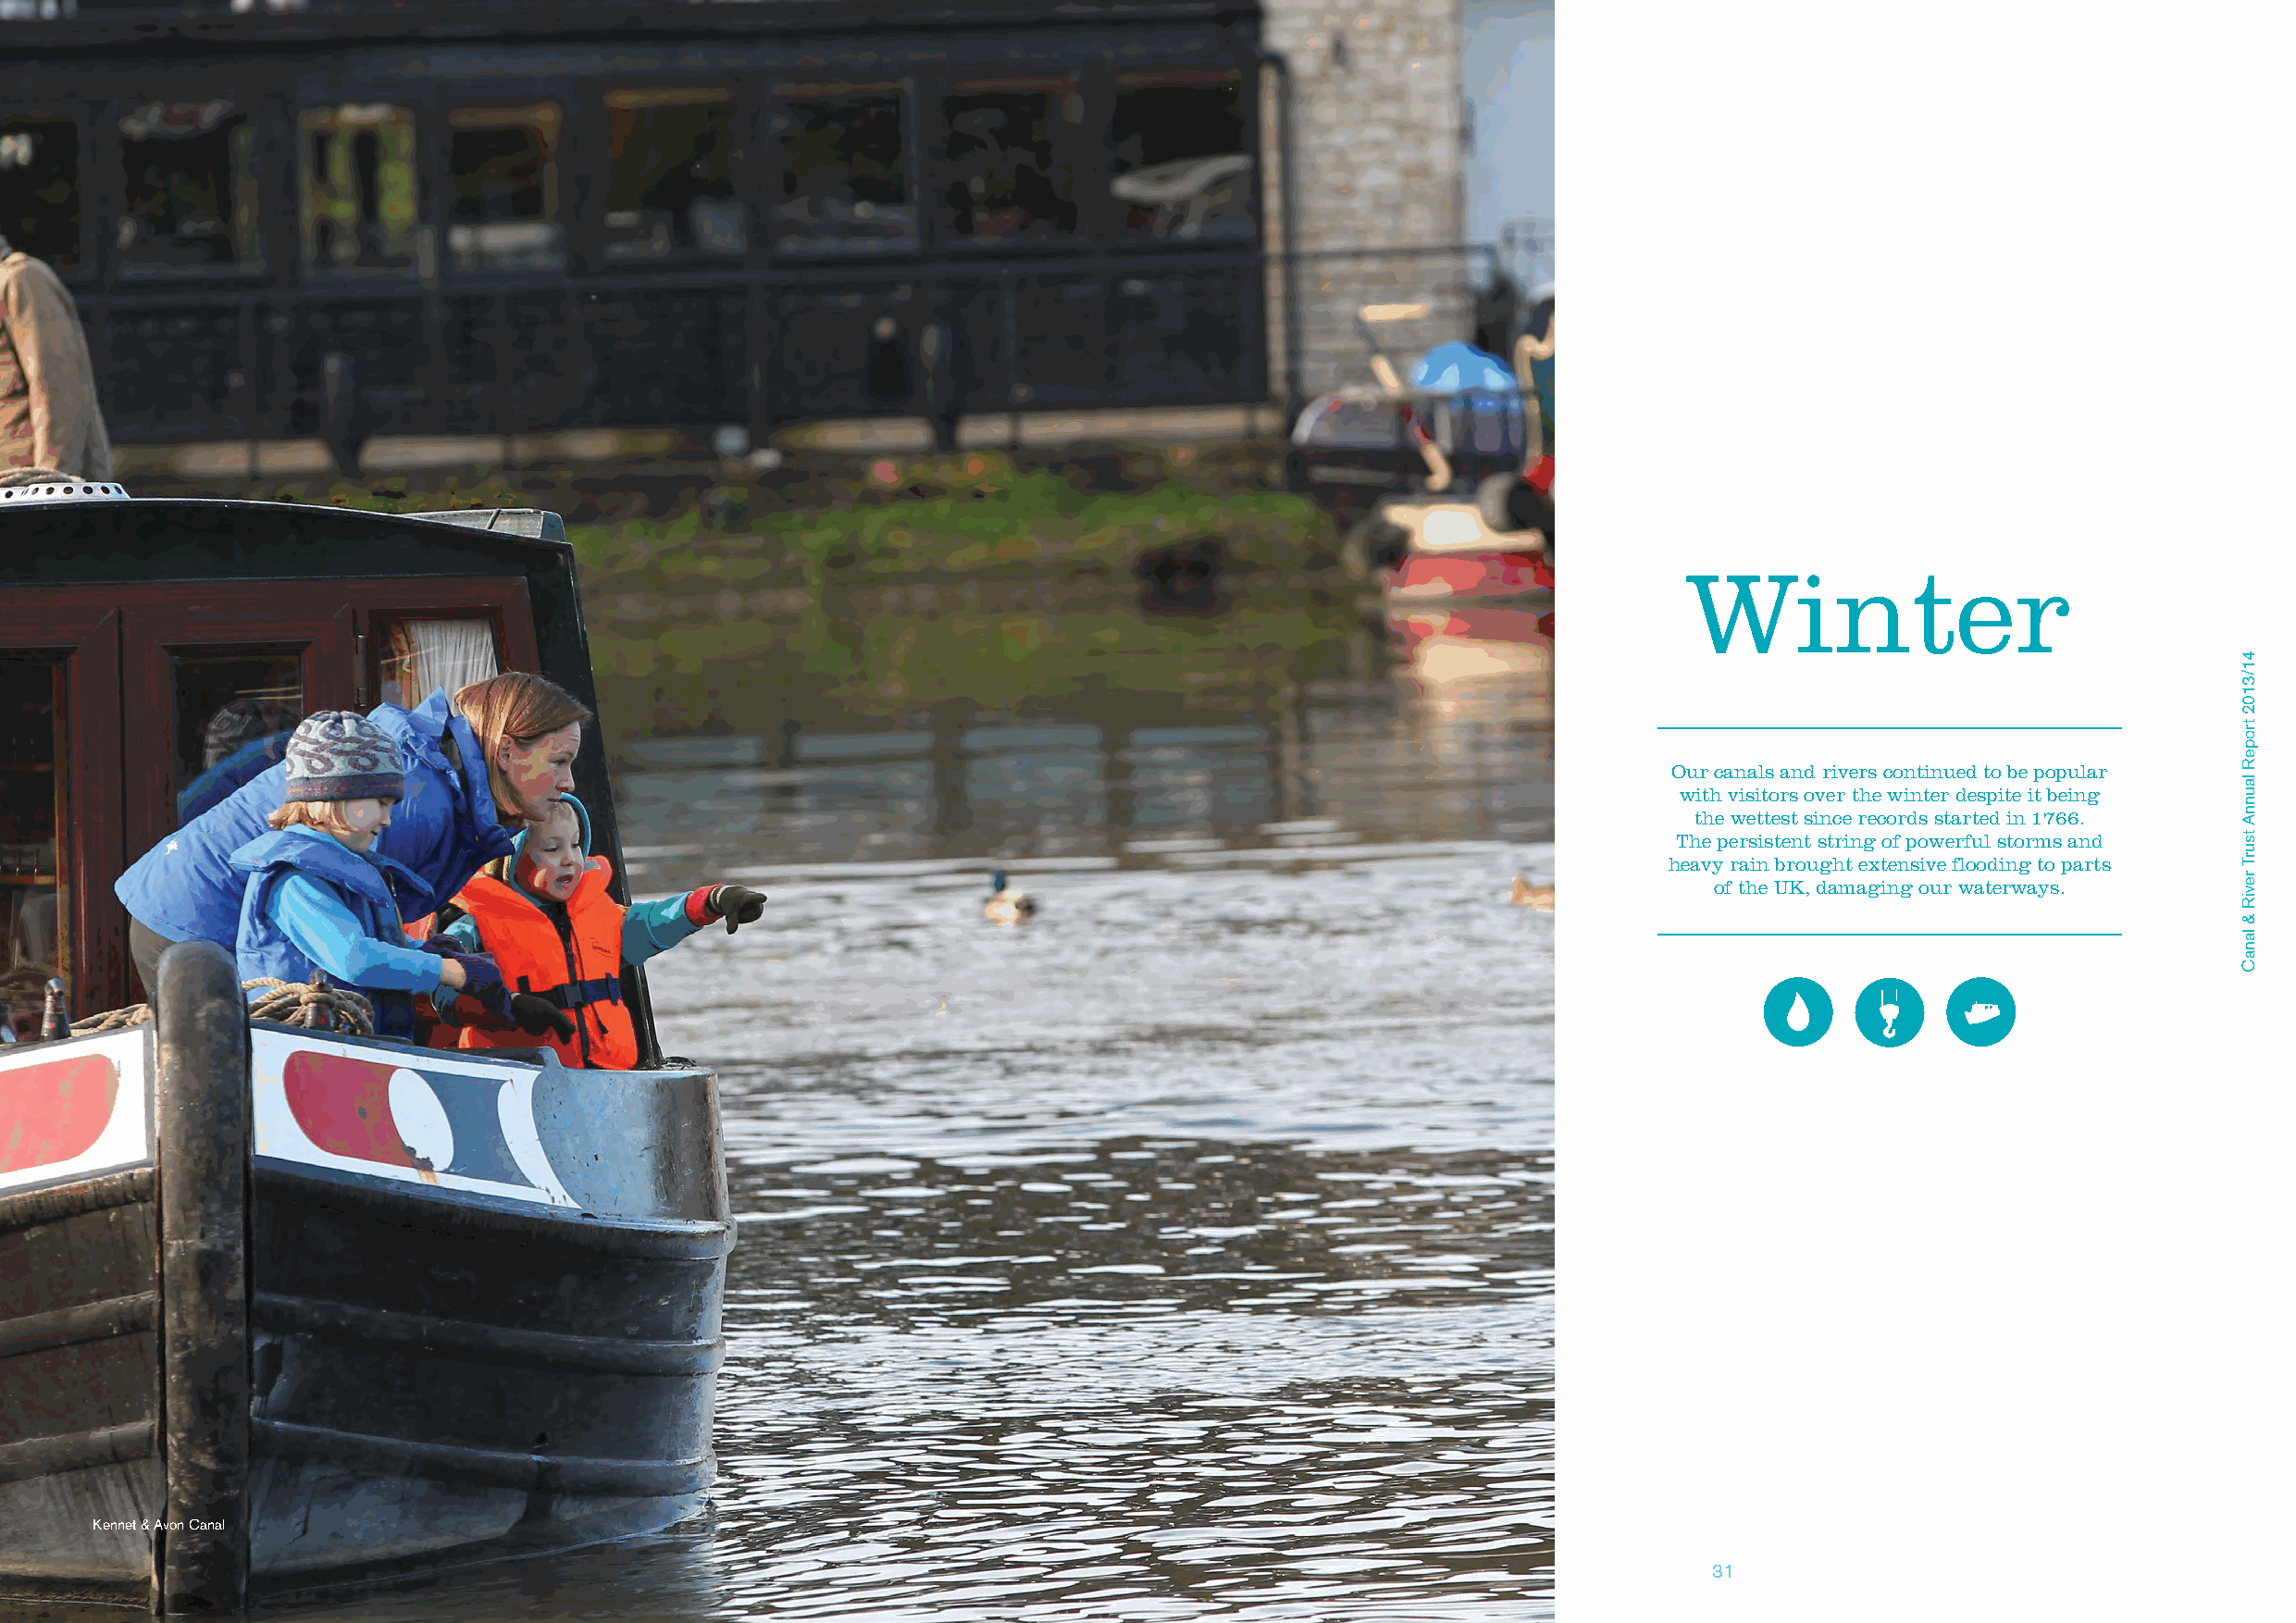
W       inter
 Our canals and rivers continued to be popular
 with visitors over the winter despite it being
 the wettest since records started in 1766.
 The persistent string of powerful storms and
 heavy rain brought extensive flooding to parts
 of the UK, damaging our waterways.
 Kennet & Avon Canal
 30                                                                                31
 Canal
 &
 River
 Trust
 Annual
 Report
 2013/14
 41/3102
 tropeR
 launnA
 tsurT
 reviR
 &
 lanaC